NAE_Eesti_seltside_protokollid_1900-1917, lk 6
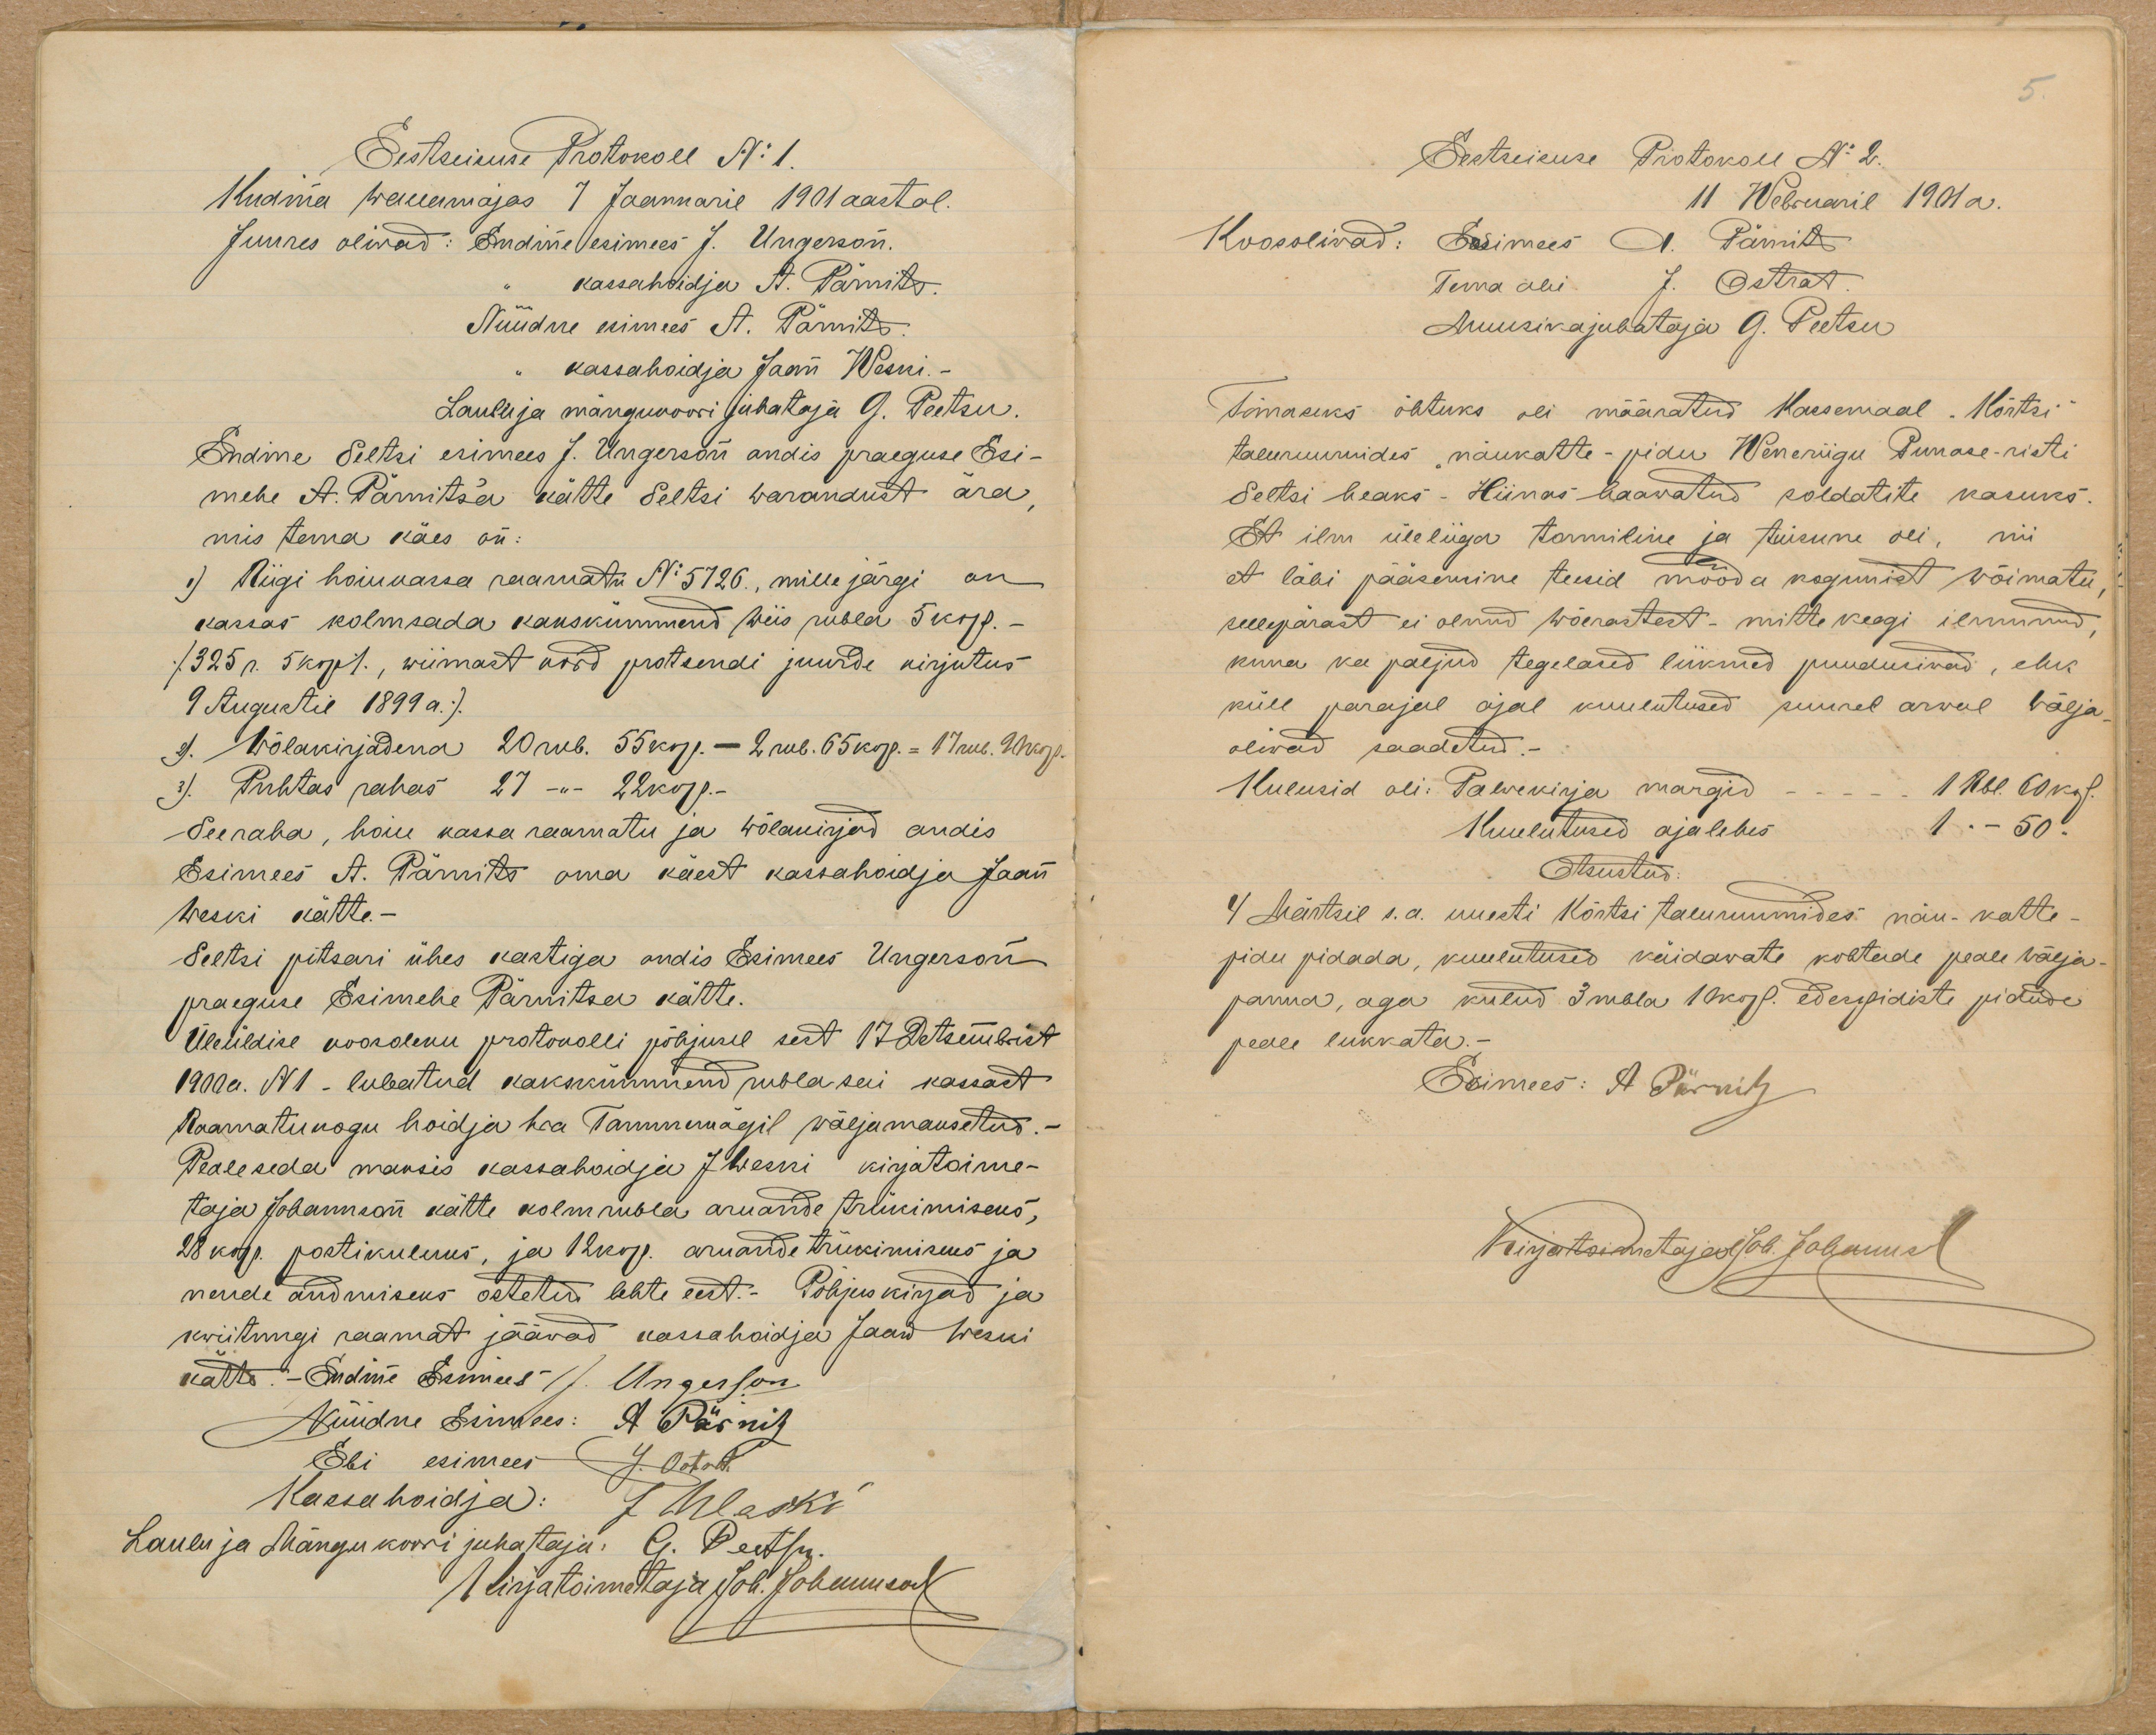
Eestseisuse Protokoll N: 1.
Kudina wallamajas 7 Jaanuaril 1901 aastal.
Juures oliwad: Endine esimees J. Ungerson.
kassahoidja A. Pärnits.
Nüüdne esimees A. Pärnits.
kassahoidja Jaan Weski.-
Laulu ja mängukoori juhataja G. Peetsu.
Endine Seltsi esimees J. Ungerson andis praeguse Esi-
mehe A. Pärnitsa kätte seltsi warandust ära,
mis tema käes on:
1) Riigi hoiukassa raamatu N:5726., mille järgi on
kassas kolmsada kuuskummend wiis rubla 5 kop.-
/325 r.. 5 kop/, wiimast kord protseendi juurde kirjutus
9 Augustil 1899 a).
2). Wõlakirjadena 20 rub. 55kop. - 2 rub. 65 kop. - 17 rul. 2kopp.
3). Puhtas rahas 27 -.- 22kop.-
See raha, hoiu kassa raaratu ja wõlakirjad andis
Esimees A. Pärnits oma käest kassahoidja Jaan
Weski kätte.-
Seltsi pitsari ühes kastiga andis Esimees Ungerson
praeguse Esimehe Pärnitsa kätte.
Üleüldine koosoleku protokolli põhjusel sest 17 Detsembrist
1900a. N 1 - lubatud kakskümmend rubla sai kassast
Raamatukogu hoidja hra Tammemägil wäljumaksetud.-
Peale seda maksis kassahoidja J Weski kirjatoime-
taja Johannson kätte kolm rubla aruande trükimiseks,
28 kop. postikuluks, ja 12 kop. aruande trükimiseks ja
nende andmiseks osteted lehte eest.- Põhjuskirjad ja
kwiituugi raamat jääwad kassahoidja Jaan Weski

Eestseisuse Protokoll N: 2.
11 Webruaril 1901a.
Tämaseks õhtuks oli määratud Kaesemaal "Körtsi"
taluruumides "näukatte-pidu Weneriigi Punase-risti
Seltsi heaks - Hiinas haawatud soldatite kasuks.
Et ilm üleliiga tormiline ja tuisune oli, nii
et läbi pääsemine teesid mõõda kogunist wõimatu,
sellepärast ei olnud wõerastest- mitte keegi ilmunud
kuna ka paljud tegelased liikmed puudusiwad, ehk
küll parajal ajal kuulutused suurel arwul wälja-
oliwad saadetud.-
Kulusid oli. Palwekirja märgid
1Rbl. 60kop.
1.- 50.
Kuulutused ajalehes
Otsustus:
4 Märtsil s.a. uuesti Kõrtsi taluruumides näu-katte-
pidu pidada, kuulutused käidavate kohtade peale wälja-
panna, aga kulud 3 rubla 10 kop. edespidiste pidude
peale lukkata.